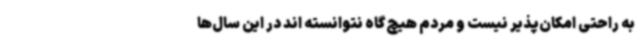
به راحتی امکان‌پذیر نیست و مردم هیچ‌گاه نتوانسته اند در این سال‌ها